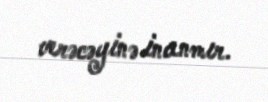
verəcəyinə inanmır.